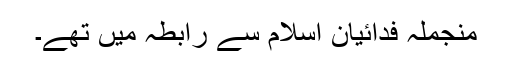
منجملہ فدائیان اسلام سے رابطہ میں تھے۔